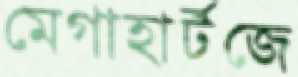
মেগাহার্টজে